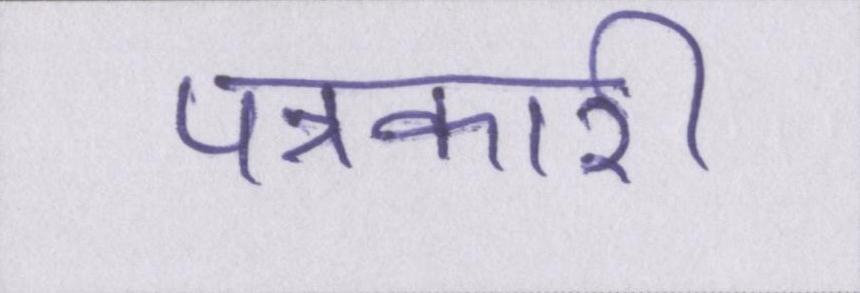
पत्रकारी